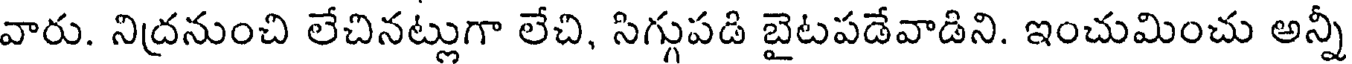
వారు. నిద్రనుంచి లేచినట్లుగా లేచి, సిగ్గుపడి బైటపడేవాడిని. ఇంచుమించు అన్నీ